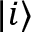
| i \rangle